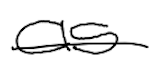
Text: as
Cross-out: single-line
Writing tool: digital_black